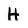
Character: H